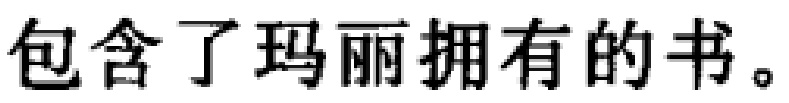
包含了玛丽拥有的书。